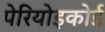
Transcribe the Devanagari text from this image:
पेरियोइकोई